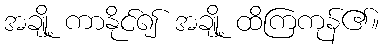
အချို့ ကာနိုင်၍ အချို့ ထိကြကုန်၏။